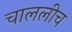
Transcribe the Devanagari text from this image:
चाललीच